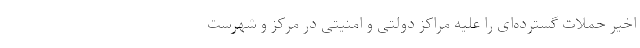
اخیر حملات گسترده‌ای را علیه مراکز دولتی و امنیتی در مرکز و شهرست